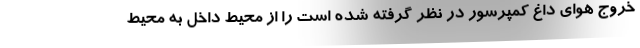
خروج هوای داغ کمپرسور در نظر گرفته شده است را از محیط داخل به محیط